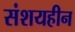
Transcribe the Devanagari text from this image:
संशयहीन